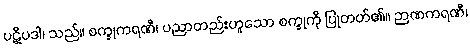
ပဋိပဒါ၊ သည်။ စက္ခုကရဏီ၊ ပညာတည်းဟူသော စက္ခုကို ပြုတတ်၏။ ဉာဏကရဏီ၊